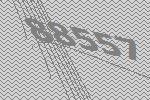
88557